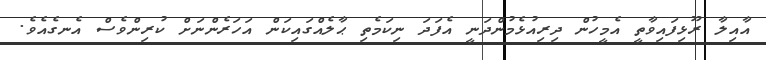
އާއިލާ ރޫޅިފައިވާތީ އެމީހުން ދިރިއުޅެމުންދަނީ އެފަދަ ނިކަމެތި ޙާލެއްގައިކަން އަހަރެންނަށް ކުރިންވެސް އެނގެއެވެ.